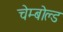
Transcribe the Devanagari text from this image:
चेम्बोल्ड